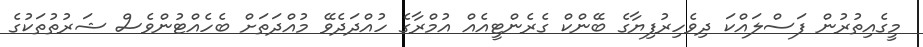
މީގެއިތުރުން ފަސްލައްކަ ދިވެހިރުފިޔާގެ ބޭންކް ގެރެންޓީއެއް އުމްރާގެ ހުއްދަދެވޭ މުއްދަތަށް ބެހެއްޓުންވެސް ޝަރުތުތަކުގެ